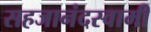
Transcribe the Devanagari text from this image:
सहजानंदस्वामी